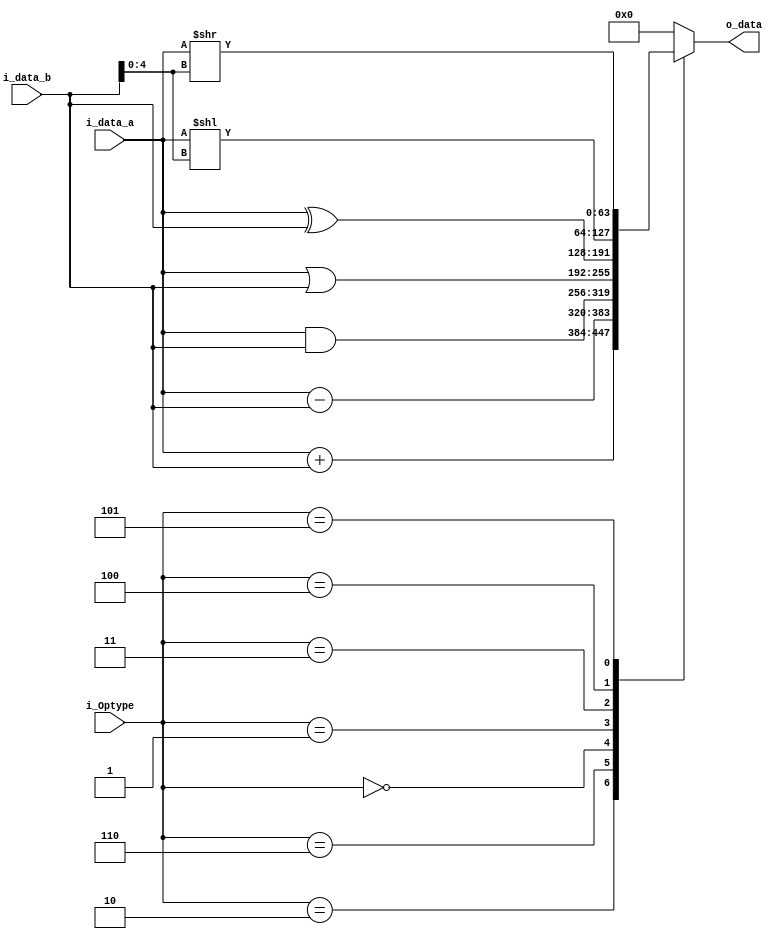
module ALU #(
	parameter DATA_W = 64
)(
	input	   [DATA_W-1:0]	i_data_a,
	input	   [DATA_W-1:0]	i_data_b,
	input	   [4-1:0]		i_Optype,
	output reg [DATA_W-1:0] o_data
);

	always @(*) begin
		case(i_Optype)
			// add
			4'b0010: o_data = i_data_a + i_data_b;
			// subtract
			4'b0110: o_data = i_data_a - i_data_b;
			// and
			4'b0000: o_data = i_data_a & i_data_b;
			// or
			4'b0001: o_data = i_data_a | i_data_b;
			// xor
			4'b0011: o_data = i_data_a ^ i_data_b;
			// sll
			4'b0100: o_data = i_data_a << i_data_b[4:0];
			// srl
			4'b0101: o_data = i_data_a >> i_data_b[4:0];
			// other
			default: o_data = 0;
		endcase
	end

endmodule